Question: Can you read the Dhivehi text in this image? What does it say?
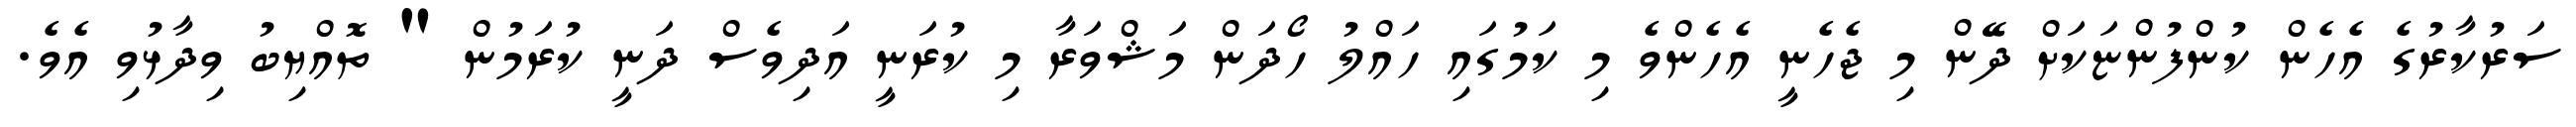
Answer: ސަރުކާރުގެ އެހެން ކުންފުންޏަކަށް ދޭން މި ޖެހެނީ އެހެންވެ މި ކަމުގައި ހައްލު ހޯދަން މަޝްވަރާ މި ކުރަނީ އަދިވެސް ދަނީ ކުރަމުން " ތޮއްޔިބު ވިދާޅުވި އެވެ.